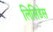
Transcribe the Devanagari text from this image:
लिसिडेस